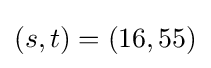
(s,t)=(16,55)